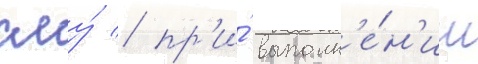
сму́ / пр'и́ выполн'е́н'ии